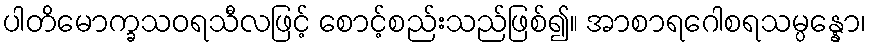
ပါတိမောက္ခသဝရသီလဖြင့် စောင့်စည်းသည်ဖြစ်၍။ အာစာရဂေါစရသမ္ပန္နော၊